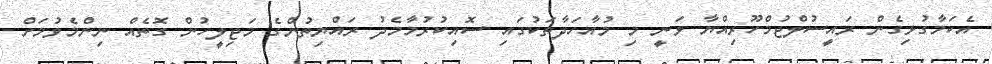
އެކަމާގުޅިގެން ރައީސުލްޖުމްހޫރިއްޔާ ވަނީ މި މުއާހަދާތަކުގައި ސޮއިކުރުމާމެދު ރައްޔިތުންގެ މަޖިލީހުން ގޮތެއް ނިންމެވުމަށް